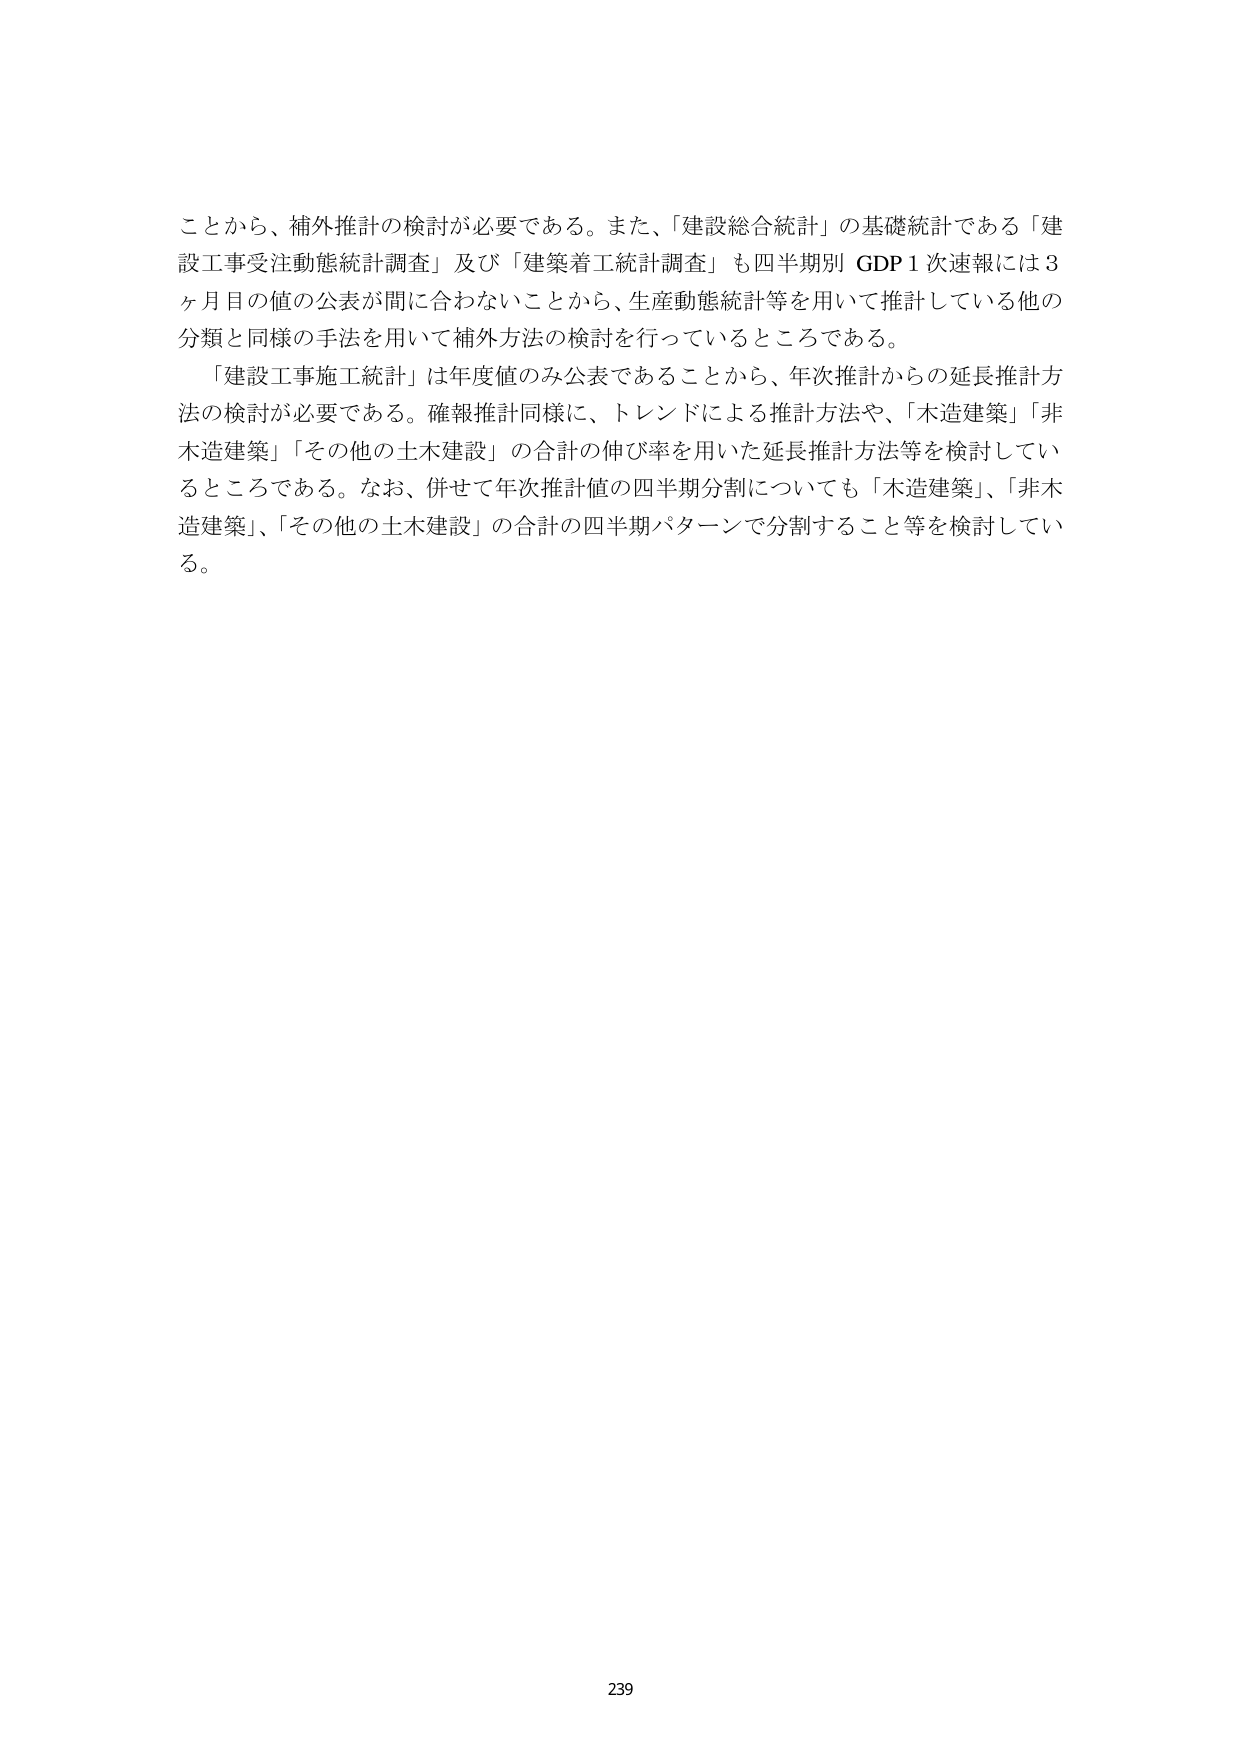
ことから、補外推計の検討が必要である。また、「建設総合統計」の基礎統計である「建設工事受注動態統計調査」及び「建築着工統計調査」も四半期別 GDP 1 次速報には 3 ヶ月目の値の公表が間に合わないことから、生産動態統計等を用いて推計している他の分類と同様の手法を用いて補外方法の検討を行っているところである。

「建設工事施工統計」は年度値のみ公表であることから、年次推計からの延長推計方法の検討が必要である。確報推計同様に、トレンドによる推計方法や、「木造建築」「非木造建築」「その他の土木建設」の合計の伸び率を用いた延長推計方法等を検討しているところである。なお、併せて年次推計値の四半期分割についても「木造建築」、「非木造建築」、「その他の土木建設」の合計の四半期パターンで分割すること等を検討している。

239